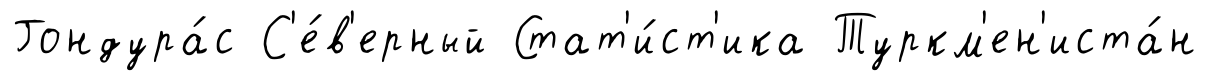
Гондура́с С'е́в'ерный Стат'и́ст'ика Туркм'ен'иста́н